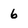
Character: 6